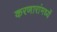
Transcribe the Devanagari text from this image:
करणारांमध्यें